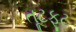
તૂટફૂટ